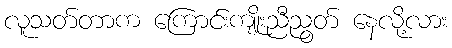
လူသတ်တာက ကြောင်းကျိုးညီညွတ် နေလို့လား